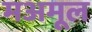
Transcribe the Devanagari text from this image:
मअमूल